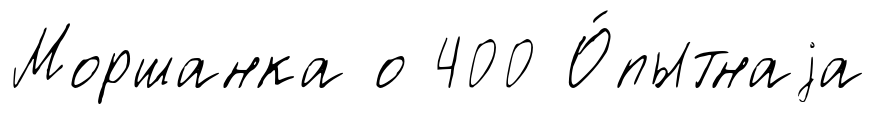
Моршанка о 400 О́пытнаjа